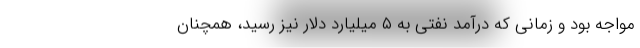
مواجه بود و زمانی که درآمد نفتی به ۵ میلیارد دلار نیز رسید، همچنان